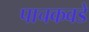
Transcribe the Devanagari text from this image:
पाचकवडे